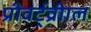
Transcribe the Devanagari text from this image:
प्रीवर्ट्व्रीाल